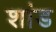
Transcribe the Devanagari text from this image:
शांड